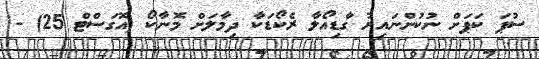
ސުޕަ ކަޕަށް ނުކުންނައިރު ގާޑިއޯލާ ރެކޯޑަކާ ދިމާލަށް މޮނާކޯ (އޮގަސްޓް 25) -